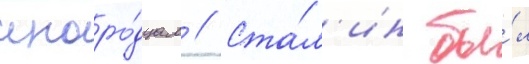
иноро́дцам // Ста́л'ин бы́л